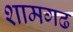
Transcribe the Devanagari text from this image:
शामगढ